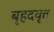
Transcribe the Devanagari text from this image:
बृहदवृत्त